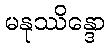
မနုဿိန္ဒော